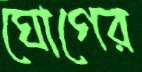
ঘোগের